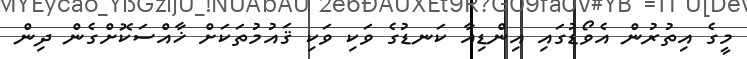
މީގެ އިތުރުން އެވޯޑުގައި އިންޑިއާ ކަނޑުގެ ވަކި ވަކި ޤައުމުތަކަށް ޚާއްސަކޮށްގެން ދިން